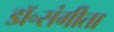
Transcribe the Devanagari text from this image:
डॉ॰संगीता